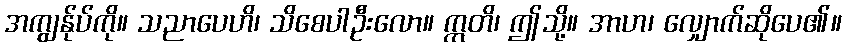
အကျွန်ုပ်ကို။ သညာပေဟိ၊ သိစေပါဦးလော။ ဣတိ၊ ဤသို့။ အာဟ၊ လျှောက်ဆိုပေ၏။